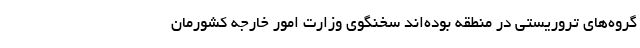
گروه‌های تروریستی در منطقه بوده‌اند سخنگوی وزارت امور خارجه کشورمان